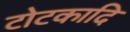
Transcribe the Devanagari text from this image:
टोटकादि